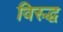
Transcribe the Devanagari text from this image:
विस्र्द्ध